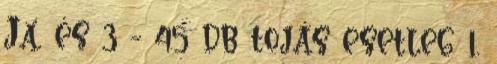
Ja, és 3 - 45 db tojás esetleg 1.